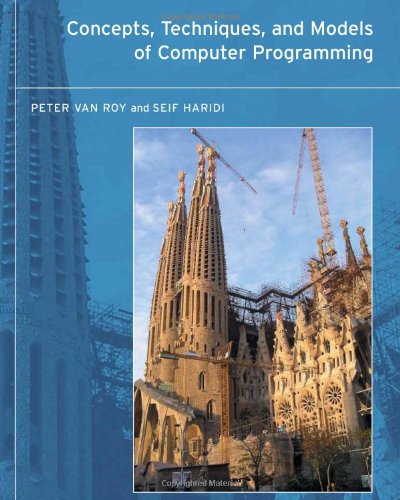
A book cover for Concepts, Techniques, and Models of Computer Programming; Peter Van Roy; Computers & Technology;